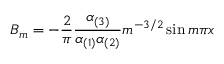
B _ { m } = - { \frac { 2 } { \pi } } { \frac { \alpha _ { ( 3 ) } } { \alpha _ { ( 1 ) } \alpha _ { ( 2 ) } } } m ^ { - 3 / 2 } \sin m \pi x